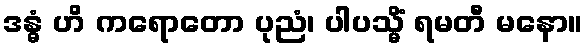
ဒန္ဓံ ဟိ ကရောတော ပုညံ၊ ပါပသ္မိံ ရမတီ မနော။